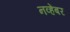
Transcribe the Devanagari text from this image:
नव्हेंबर